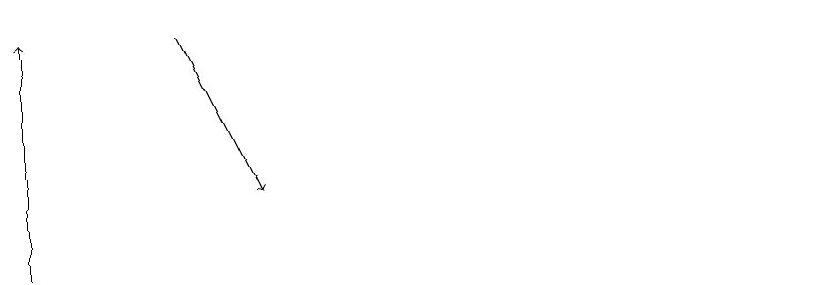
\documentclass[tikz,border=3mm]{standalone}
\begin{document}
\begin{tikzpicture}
\draw (10,11) circle (0);
\draw[->] (0,11) -- (0,14);
\draw[->] (2,14) -- (3,12);
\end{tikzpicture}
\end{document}